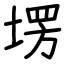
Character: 塄